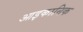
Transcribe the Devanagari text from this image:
आइकानिक